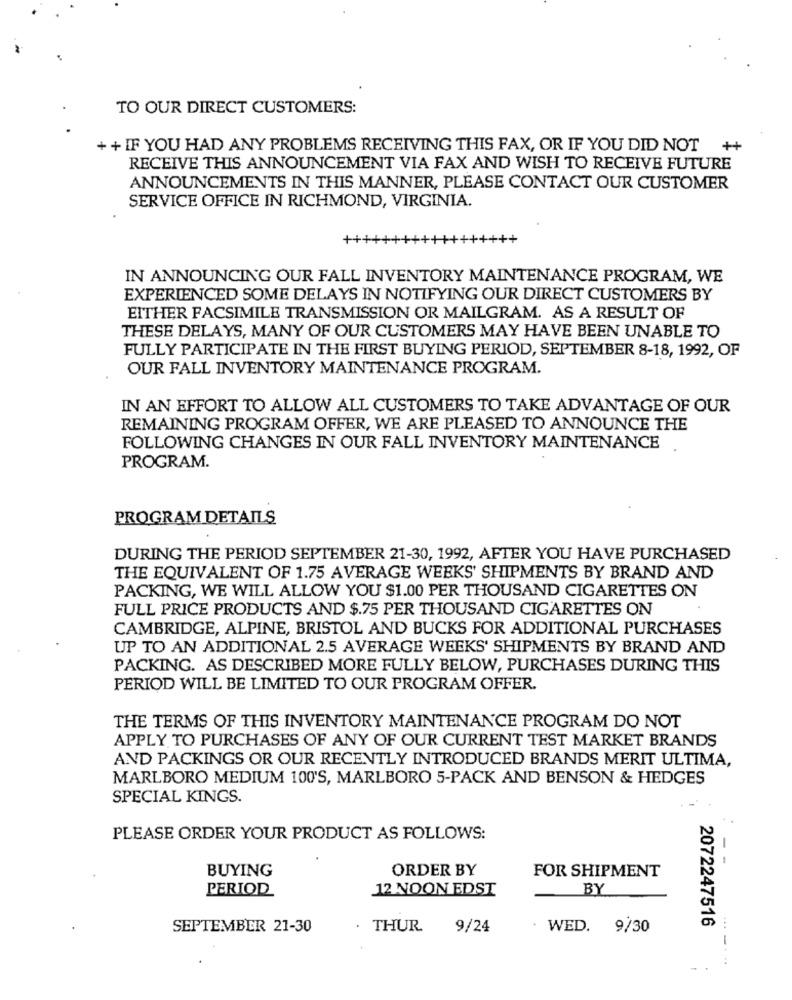
TO OUR DIRECT CUSTOMERS:
++ IF YOU HAD ANY PROBLEMS RECEIVING THIS FAX, OR IF YOU DID NOT ++
RECEIVE THIS ANNOUNCEMENT VIA FAX AND WISH TO RECEIVE FUTURE
ANNOUNCEMENTS IN THIS MANNER, PLEASE CONTACT OUR CUSTOMER
SERVICE OFFICE IN RICHMOND, VIRGINIA.
++++
IN ANNOUNCING OUR FALL INVENTORY MAINTENANCE PROGRAM, WE
EXPERIENCED SOME DELAYS IN NOTIFYING OUR DIRECT CUSTOMERS BY
EITHER FACSIMILE TRANSMISSION OR MAILGRAM. AS A RESULT OF
THESE DELAYS, MANY OF OUR CUSTOMERS MAY HAVE BEEN UNABLE TO
FULLY PARTICIPATE IN THE FIRST BUYING PERIOD, SEPTEMBER 8-18, 1992, OF
OUR FALL INVENTORY MAINTENANCE PROGRAM.
IN AN EFFORT TO ALLOW ALL CUSTOMERS TO TAKE ADVANTAGE OF OUR
REMAINING PROGRAM OFFER, WE ARE PLEASED TO ANNOUNCE THE
FOLLOWING CHANGES IN OUR FALL INVENTORY MAINTENANCE
PROGRAM.
PROGRAM DETAILS
DURING THE PERIOD SEPTEMBER 21-30, 1992, AFTER YOU HAVE PURCHASED
THE EQUIVALENT OF 1.75 AVERAGE WEEKS' SHIPMENTS BY BRAND AND
PACKING, WE WILL ALLOW YOU $1.00 PER THOUSAND CIGARETTES ON
FULL PRICE PRODUCTS AND $.75 PER THOUSAND CIGARETTES ON
CAMBRIDGE, ALPINE, BRISTOL AND BUCKS FOR ADDITIONAL PURCHASES
UP TO AN ADDITIONAL 2.5 AVERAGE WEEKS' SHIPMENTS BY BRAND AND
PACKING. AS DESCRIBED MORE FULLY BELOW, PURCHASES DURING THIS
PERIOD WILL BE LIMITED TO OUR PROGRAM OFFER.
THE TERMS OF THIS INVENTORY MAINTENANCE PROGRAM DO NOT
APPLY TO PURCHASES OF ANY OF OUR CURRENT TEST MARKET BRANDS
AND PACKINGS OR OUR RECENTLY INTRODUCED BRANDS MERIT ULTIMA,
MARLBORO MEDIUM 100'S, MARLBORO 5-PACK AND BENSON & HEDGES
SPECIAL KINGS.
PLEASE ORDER YOUR PRODUCT AS FOLLOWS:
BUYING
ORDER BY
FOR SHIPMENT
--
PERIOD
12 NOON EDST
BY
2072247516
SEPTEMBER 21-30
. THUR
9/24
. WED. 9/30